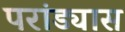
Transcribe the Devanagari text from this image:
परांड्यास